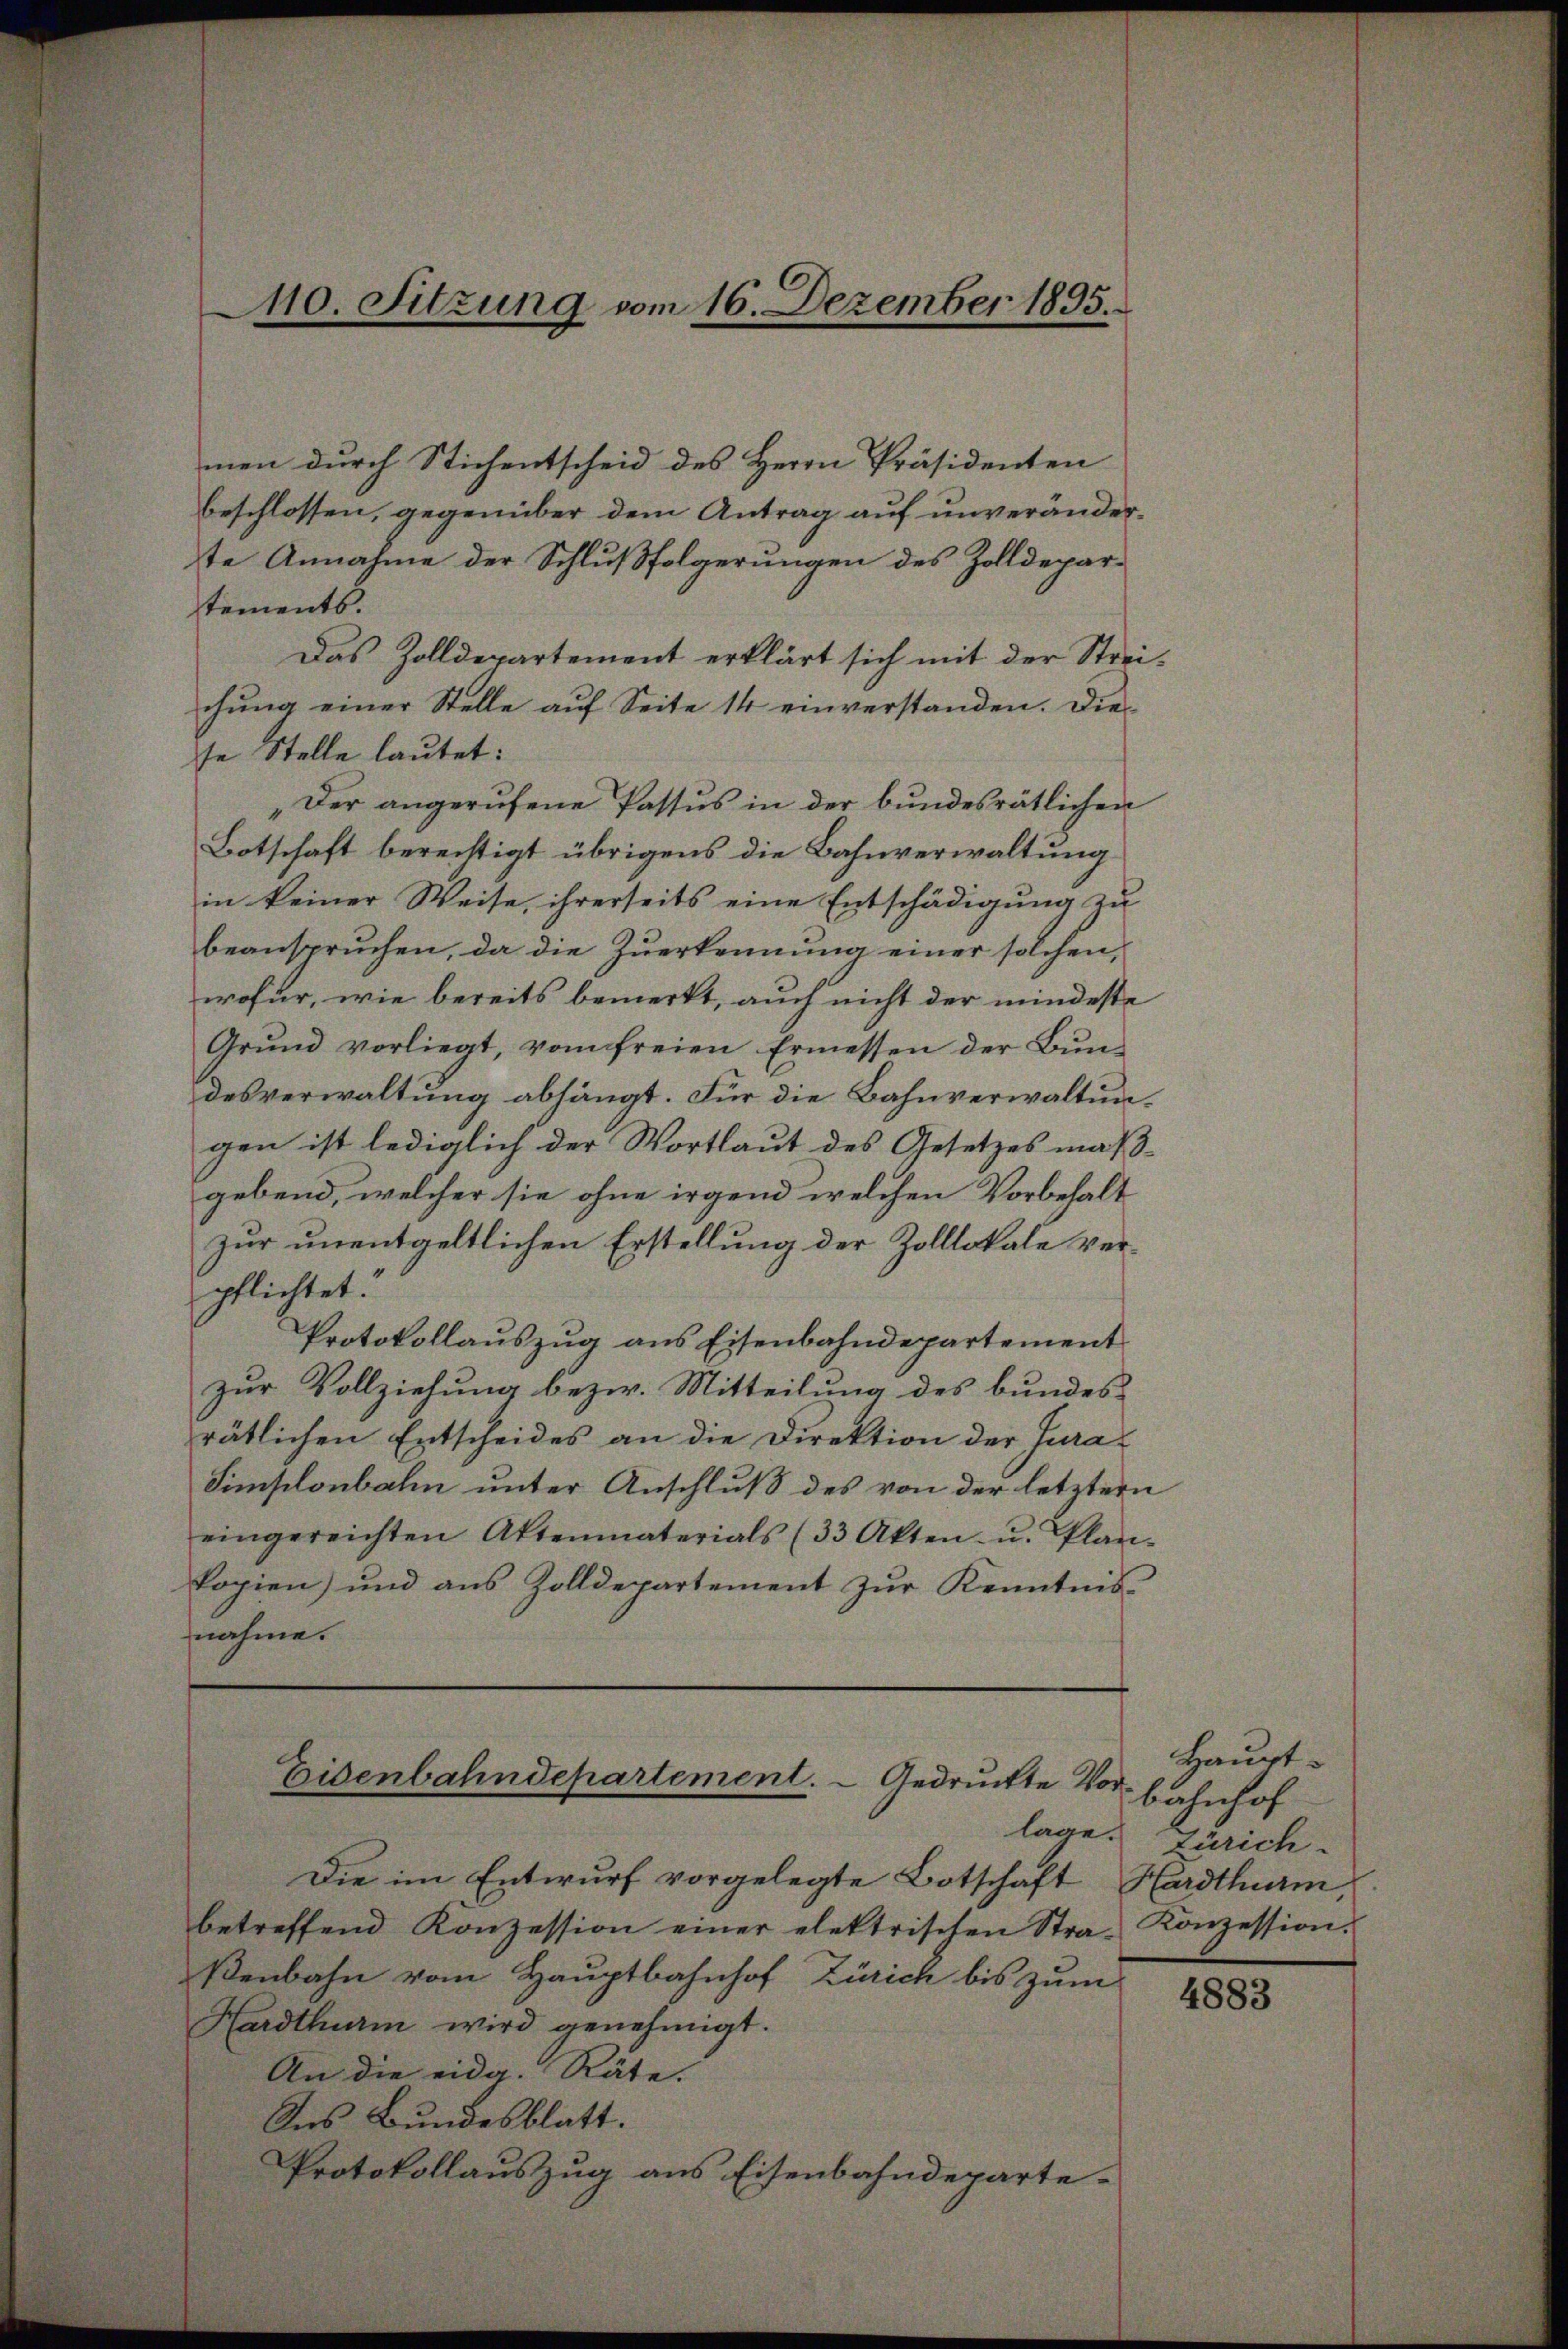
110. Sitzung vom 16. Dezember 1895.

men durch Stichentscheid des Herrn Präsidenten
beschlossen, gegenüber dem Antrag auf unveränderte Annahme der Schlußfolgerungen des Zolldepartements.
Das Zolldepartement erklärt sich mit der Streichung einer Stelle auf Seite 14 einverstanden. Diese Stelle lautet:
„Der angerufene Passus in der bundesrätlichen
Botschaft berechtigt übrigens die Bahnverwaltung
in keiner Weise, ihrerseits eine Entschädigŭng zŭ
beanspruchen, da die Zuerkennung einer solchen,
wofür, wie bereits bemerkt, auch nicht der mindeste
Grŭnd vorliegt, vom freien Ermessen der Bŭn-
desverwaltung abhängt. Für die Bahnverwaltungen ist lediglich der Wortlaut des Gesetzes maß-
gebend, welcher sie ohne irgend welchen Vorbehalt
zur unentgeltlichen Erstellung der Zolllokale verpflichtet:
Protokollauszug aus Eisenbahndepartement
zur Vollziehung bezw. Mitteilung des bundes-
rätlichen Entscheides an die Direktion der Jura
Simplonbahn unter Anschluß des von der letztern
eingereichten Aktenmaterials (33 Akten u. Plan-
kopien) und aus Zolldepartement zur Kenntnisnahme.

Eisenbahndepartement. - Gedruckte Vor¬

Die im Entwurf vorgelegte Botschaft Hardthum
betreffend Konzession einer elektrischen Stra- Konzession.
ßenbahn vom Hauptbahnhof Zürich bis zum
Hardthum wird genehmigt.
An die eidg. Räte.
Ins Bundesblatt.
Protokollauszug aus Eisenbahndeparte-

Hauptbahnhof
lage. Zürich-

4883